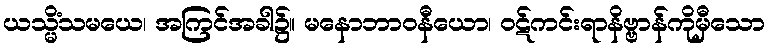
ယသ္မိံသမယေ၊ အကြင်အခါ၌။ မနောဘာဝနီယော၊ ဝဋ်ကင်းရာနိဗ္ဗာန်ကိုမှီသော